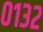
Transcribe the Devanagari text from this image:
०१३२